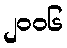
၂၀၀၆